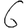
Digit: 6